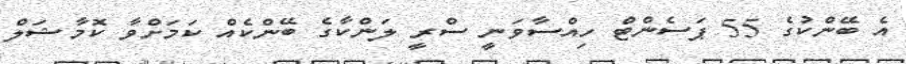
އެ ބޭންކުގެ 55 ޕަސެންޓް ހިއްސާވަނީ ސްރީ ލަންކާގެ ބޭންކެއް ކަމަށްވާ ކޮމާޝަލް